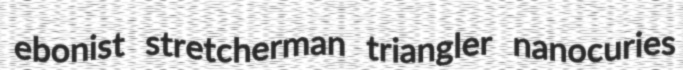
ebonist stretcherman triangler nanocuries